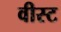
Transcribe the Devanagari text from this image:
वीस्ट